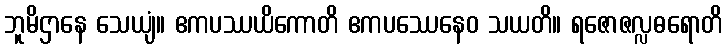
ဘူမိဌာနေ သေယျံ။ ဧကပဿယိကောတိ ဧကပဿေနေဝ သယတိ။ ရဇောဇလ္လဓရောတိ